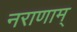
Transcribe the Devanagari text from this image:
नराणाम्